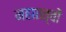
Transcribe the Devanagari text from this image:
महातत्वों